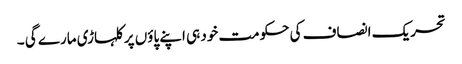
تحریک انصاف کی حکومت خود ہی اپنے پاؤں پر کلہاڑی مارے گی ۔